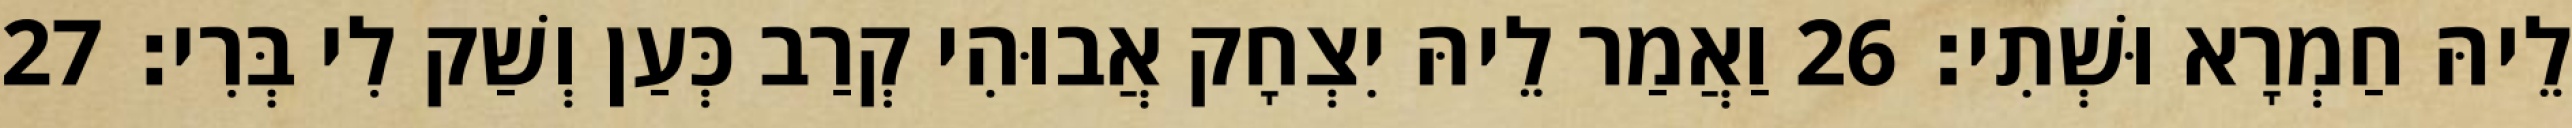
לֵיהּ חַמְרָא וּשְׁתִי׃ 26 וַאֲמַר לֵיהּ יִצְחָק אֲבוּהִי קְרַב כְּעַן וְשַׁק לִי בְּרִי׃ 27